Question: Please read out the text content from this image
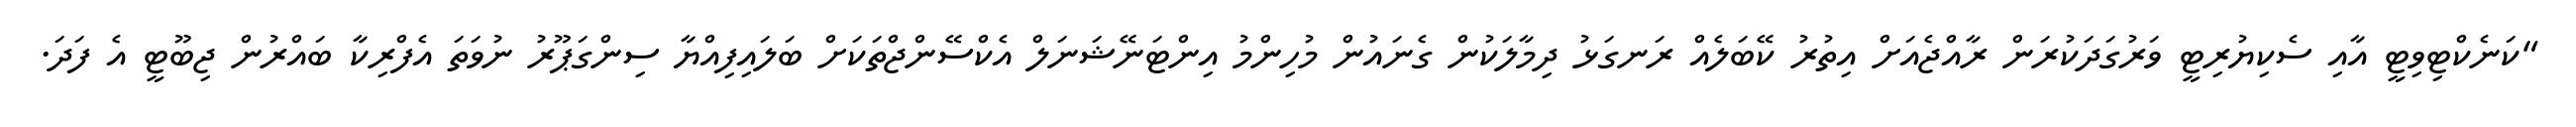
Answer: "ކަނެކްޓިވިޓީ އާއި ސެކިޔުރިޓީ ވަރުގަދަކުރަން ރާއްޖެއަށް އިތުރު ކޭބަލެއް ރަނގަޅު ދިމާލަކުން ގެނައުން މުހިންމު އިންޓަނޭޝަނަލް އެކްސޭންޖްތަކަށް ބަލައިފިއްޔާ ސިންގަޕޫރު ނުވަތަ އެފްރިކާ ބައްރުން ޖިބޫޓީ އެ ފަދަ.